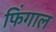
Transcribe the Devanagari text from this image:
फिंगाल